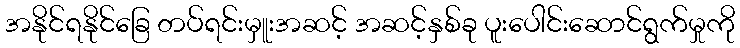
အနိုင်ရနိုင်ခြေ တပ်ရင်းမှူးအဆင့် အဆင့်နှစ်ခု ပူးပေါင်းဆောင်ရွက်မှုကို